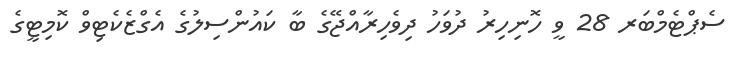
ސެޕްޓެމްބަރ 28 ވީ ހޮނިހިރު ދުވަހު ދިވެހިރާއްޖޭގެ ބާ ކައުންސިލުގެ އެގްޒެކެޓިވް ކޮމިޓީގެ